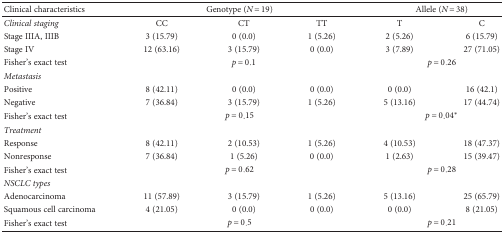
<table><thead><tr><td><b>Clinical characteristics</b></td><td colspan="3"><b>Genotype (<i>N</i> = 19)</b></td><td colspan="2"><b>Allele (<i>N</i> = 38)</b></td></tr></thead><tbody><tr><td><i>Clinical staging</i></td><td>CC</td><td>CT</td><td>TT</td><td>T</td><td>C</td></tr><tr><td>Stage IIIA, IIIB</td><td>3 (15.79)</td><td>0 (0.0)</td><td>1 (5.26)</td><td>2 (5.26)</td><td>6 (15.79)</td></tr><tr><td>Stage IV</td><td>12 (63.16)</td><td>3 (15.79)</td><td>0 (0.0)</td><td>3 (7.89)</td><td>27 (71.05)</td></tr><tr><td>Fisher&#x27;s exact test</td><td></td><td><i>p</i> = 0.1</td><td></td><td colspan="2"><i>p</i> = 0.26</td></tr><tr><td><i>Metastasis</i></td><td> </td><td> </td><td> </td><td> </td><td> </td></tr><tr><td>Positive</td><td>8 (42.11)</td><td>0 (0.0)</td><td>0 (0.0)</td><td>0 (0.0)</td><td>16 (42.1)</td></tr><tr><td>Negative</td><td>7 (36.84)</td><td>3 (15.79)</td><td>1 (5.26)</td><td>5 (13.16)</td><td>17 (44.74)</td></tr><tr><td>Fisher&#x27;s exact test</td><td colspan="3"><i>p</i> = 0.15</td><td colspan="2"><i>p</i> = 0.04<sup>∗</sup></td></tr><tr><td colspan="6"><i>Treatment</i></td></tr><tr><td>Response</td><td>8 (42.11)</td><td>2 (10.53)</td><td>1 (5.26)</td><td>4 (10.53)</td><td>18 (47.37)</td></tr><tr><td>Nonresponse</td><td>7 (36.84)</td><td>1 (5.26)</td><td>0 (0.0)</td><td>1 (2.63)</td><td>15 (39.47)</td></tr><tr><td>Fisher&#x27;s exact test</td><td colspan="3"><i>p</i> = 0.62</td><td colspan="2"><i>p</i> = 0.28</td></tr><tr><td colspan="6"><i>NSCLC types</i></td></tr><tr><td>Adenocarcinoma</td><td>11 (57.89)</td><td>3 (15.79)</td><td>1 (5.26)</td><td>5 (13.16)</td><td>25 (65.79)</td></tr><tr><td>Squamous cell carcinoma</td><td>4 (21.05)</td><td>0 (0.0)</td><td>0 (0.0)</td><td>0 (0.0)</td><td>8 (21.05)</td></tr><tr><td>Fisher&#x27;s exact test</td><td colspan="3"><i>p</i> = 0.5</td><td colspan="2"><i>p</i> = 0.21</td></tr></tbody></table>